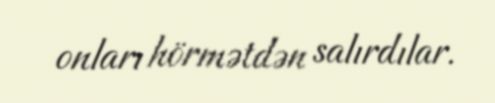
onları hörmətdən salırdılar.